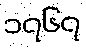
၁၇၆၇